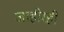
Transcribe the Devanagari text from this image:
जाहीरही